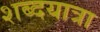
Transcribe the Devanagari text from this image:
शब्दयात्रा